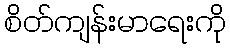
စိတ်ကျန်းမာရေးကို